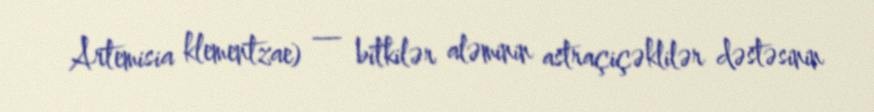
Artemisia klementzae) — bitkilər aləminin astraçiçəklilər dəstəsinin